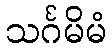
သင်္ဂမိမံ